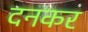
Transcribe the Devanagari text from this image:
दनकर